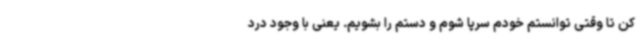
کن تا وقتی توانستم خودم سرپا شوم و دستم را بشویم. یعنی با وجود درد